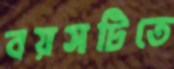
বয়সটিতে